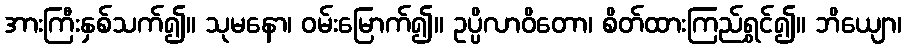
အားကြီးနှစ်သက်၍။ သုမနော၊ ဝမ်းမြောက်၍။ ဥပ္ပိလာဝိတော၊ စိတ်ထားကြည်ရွှင်၍။ ဘိယျော၊